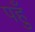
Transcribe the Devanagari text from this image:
पहुँ